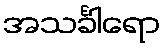
အသင်္ခါရော